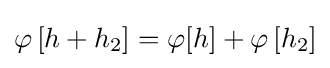
\varphi \left[h+h_{2}\right]=\varphi [h]+\varphi \left[h_{2}\right]